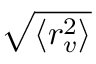
\sqrt { \langle r _ { v } ^ { 2 } \rangle }